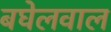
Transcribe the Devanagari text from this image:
बघेलवाल